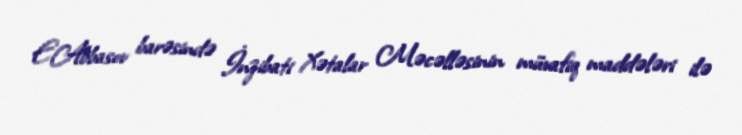
E.Abbasov barəsində İnzibati Xətalar Məcəlləsinin müvafiq maddələri ilə